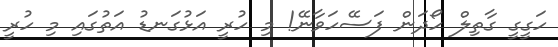
ހަގީގީ ގާތިލް ހޯދަން ފަސޭހަވާނޭ! މި ހުރީ އަޅުގަނޑު އަތުގައި މި ހުރީ